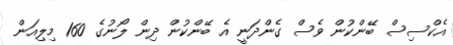
އެކްސިސް ބޭންކުން ވެސް ގެންދަނީ އެ ބޭންކުން ދިން ލޯނުގެ 160 މިލިއަން